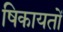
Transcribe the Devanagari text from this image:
षिकायतों